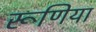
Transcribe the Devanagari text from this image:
रूणिया